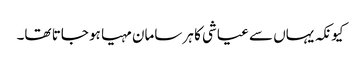
کیونکہ یہاں سے عیاشی کا ہر سامان مہیا ہو جاتا تھا۔